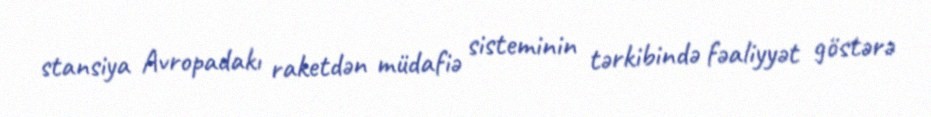
stansiya Avropadakı raketdən müdafiə sisteminin tərkibində fəaliyyət göstərə